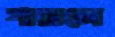
পারালে